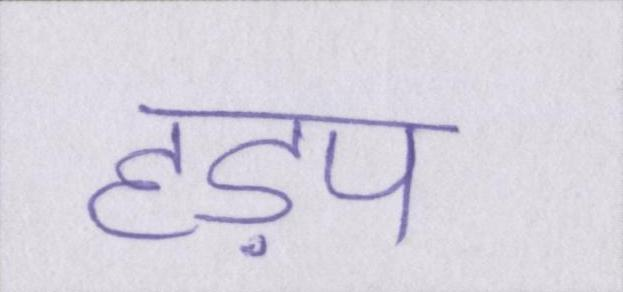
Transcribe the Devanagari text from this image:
हड़प